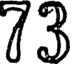
73